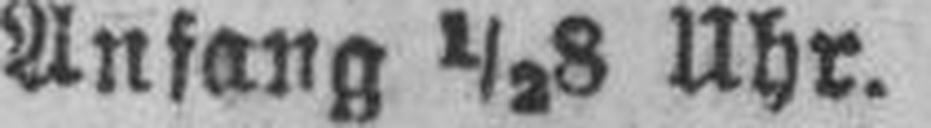
Anfang ½8 Uhr.